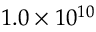
1 . 0 \times 1 0 ^ { 1 0 }